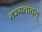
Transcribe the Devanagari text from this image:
तस्यतावत्